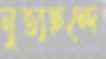
নৃত্যছন্দে